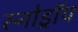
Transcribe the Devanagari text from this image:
स्नोड्रॉप